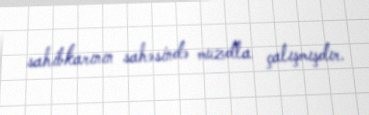
sahibkarının sahəsində muzdla çalışmışdır.